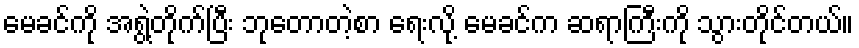
မေခင်ကို အရွဲ့တိုက်ပြီး ဘုတောတဲ့စာ ရေးလို့ မေခင်က ဆရာကြီးကို သွားတိုင်တယ်။